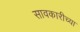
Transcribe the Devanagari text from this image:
सावकारीच्या